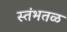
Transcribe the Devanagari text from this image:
स्तंभतळ